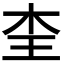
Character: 𭩜